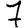
Digit: 7